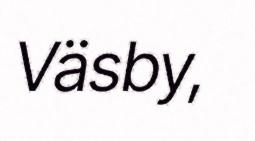
Väsby,